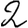
Digit: 2